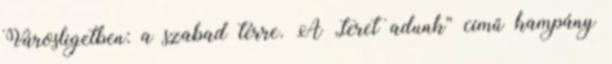
Városligetben: a szabad térre. A „teret adunk” című kampány